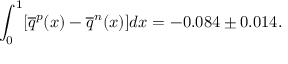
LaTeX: \int _ { 0 } ^ { 1 } [ \overline { { { q } } } ^ { p } ( x ) - \overline { { { q } } } ^ { n } ( x ) ] d x = - 0 . 0 8 4 \pm 0 . 0 1 4 .